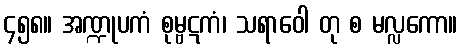
၄၅၈။ အဏ္ဍုပကံ စုမ္ဗဋကံ၊ သရာဝေါ တု စ မလ္လကော။